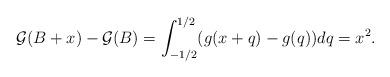
LaTeX: \begin{align*}\mathcal{G}(B+x)-\mathcal{G}(B) &=\int_{-1/2}^{1/2} (g(x+q)-g(q))dq=x^2.\\\end{align*}